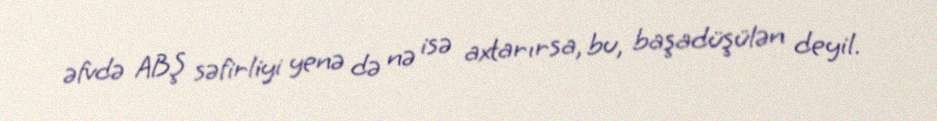
əfvdə ABŞ səfirliyi yenə də nə isə axtarırsa, bu, başadüşülən deyil.